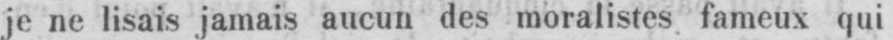
je ne lisais jamais aucun des moralistes fameux qui